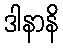
ဒါနာနိ